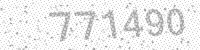
Solution: 771490